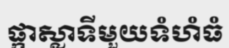
ផ្កាស្លាទីមួយទំហំធំ